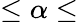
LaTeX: \leq\alpha\leq